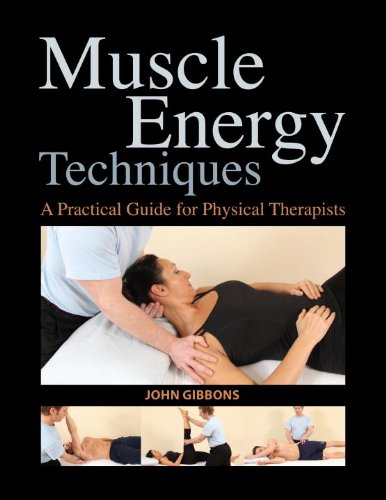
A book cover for Muscle Energy Techniques: A Practical Guide for Physical Therapists; John Gibbons; Medical Books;